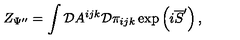
Z _ { \Psi ^ { \prime \prime } } = \int { \cal D } A ^ { i j k } { \cal D } \pi _ { i j k } \exp \left( i \overline { { S } } ^ { \prime } \right) ,